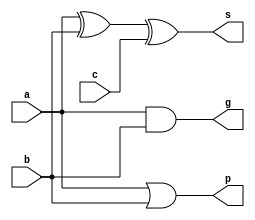
`timescale 1ns / 1ps

module add(a,b,c,g,p,s);
	input a;
	input b;
	input c;
	output g;	// carry generator
	output p;	// carry propagator
	output s;	// sum
	
	assign g = a & b;
	assign p = a | b;
	assign s = a ^ b ^ c;
endmodule